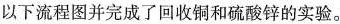
以下流程图并完成了回收铜和硫酸锌的实验。